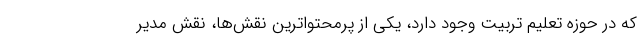
که در حوزه تعلیم تربیت وجود دارد، یکی از پرمحتواترین نقش‌ها، نقش مدیر